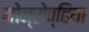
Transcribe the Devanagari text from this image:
मोन्रोव्हिया